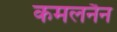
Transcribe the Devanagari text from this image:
कमलनैन